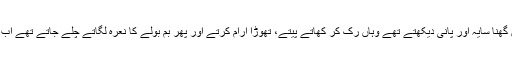
لیکن وہ ہمیشہ اپنے عام کپڑوں میں ہوتے تھے اور پیدل جاتے تھے دوپہر کو جہاں گھنا سایہ اور پانی دیکھتے تھے وہاں رُک کر کھاتے پیتے، تھوڑا آرام کرتے اور پھر بم بولے کا نعرہ لگاتے چلے جاتے تھے اب چار سال سے بھگوا کپڑے گلے میں پٹکا ہاتھ میں ڈنڈے اور پوری سڑک پر قبضہ۔